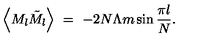
\left\langle M _ { l } \tilde { M } _ { l } \right\rangle \ = \ - 2 N \Lambda m \sin \frac { \pi l } { N } .